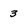
Character: 3